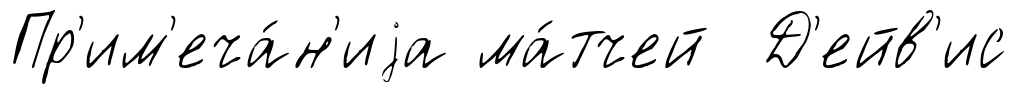
Пр'им'еча́н'иjа ма́тчей Д'ейв'ис